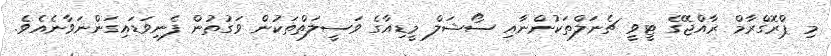
މި ޕްރޮގްރާމް ރާއްޖޭގެ ޓީވީ ޗެނަލްތަކުންނާއި ސޯޝަލް މީޑިއާގެ ވަސީލަތްތަކުން ވަގުތުން ފެނިވަޑައިގަންނަވާނެއެވެ.